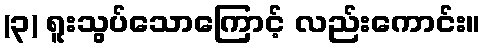
(၃) ရူးသွပ်သောကြောင့် လည်းကောင်း။